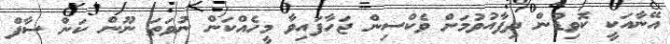
އޭނާއަކީ ކޮވިޑުން ދިފާއުވުމަށް ވެކްސިން ޖަހާފައިވާ މީހެއްކަން ނުވަތަ ނޫން ކަން ސާފް